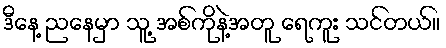
ဒီနေ့ ညနေမှာ သူ့ အစ်ကိုနဲ့အတူ ရေကူး သင်တယ်။